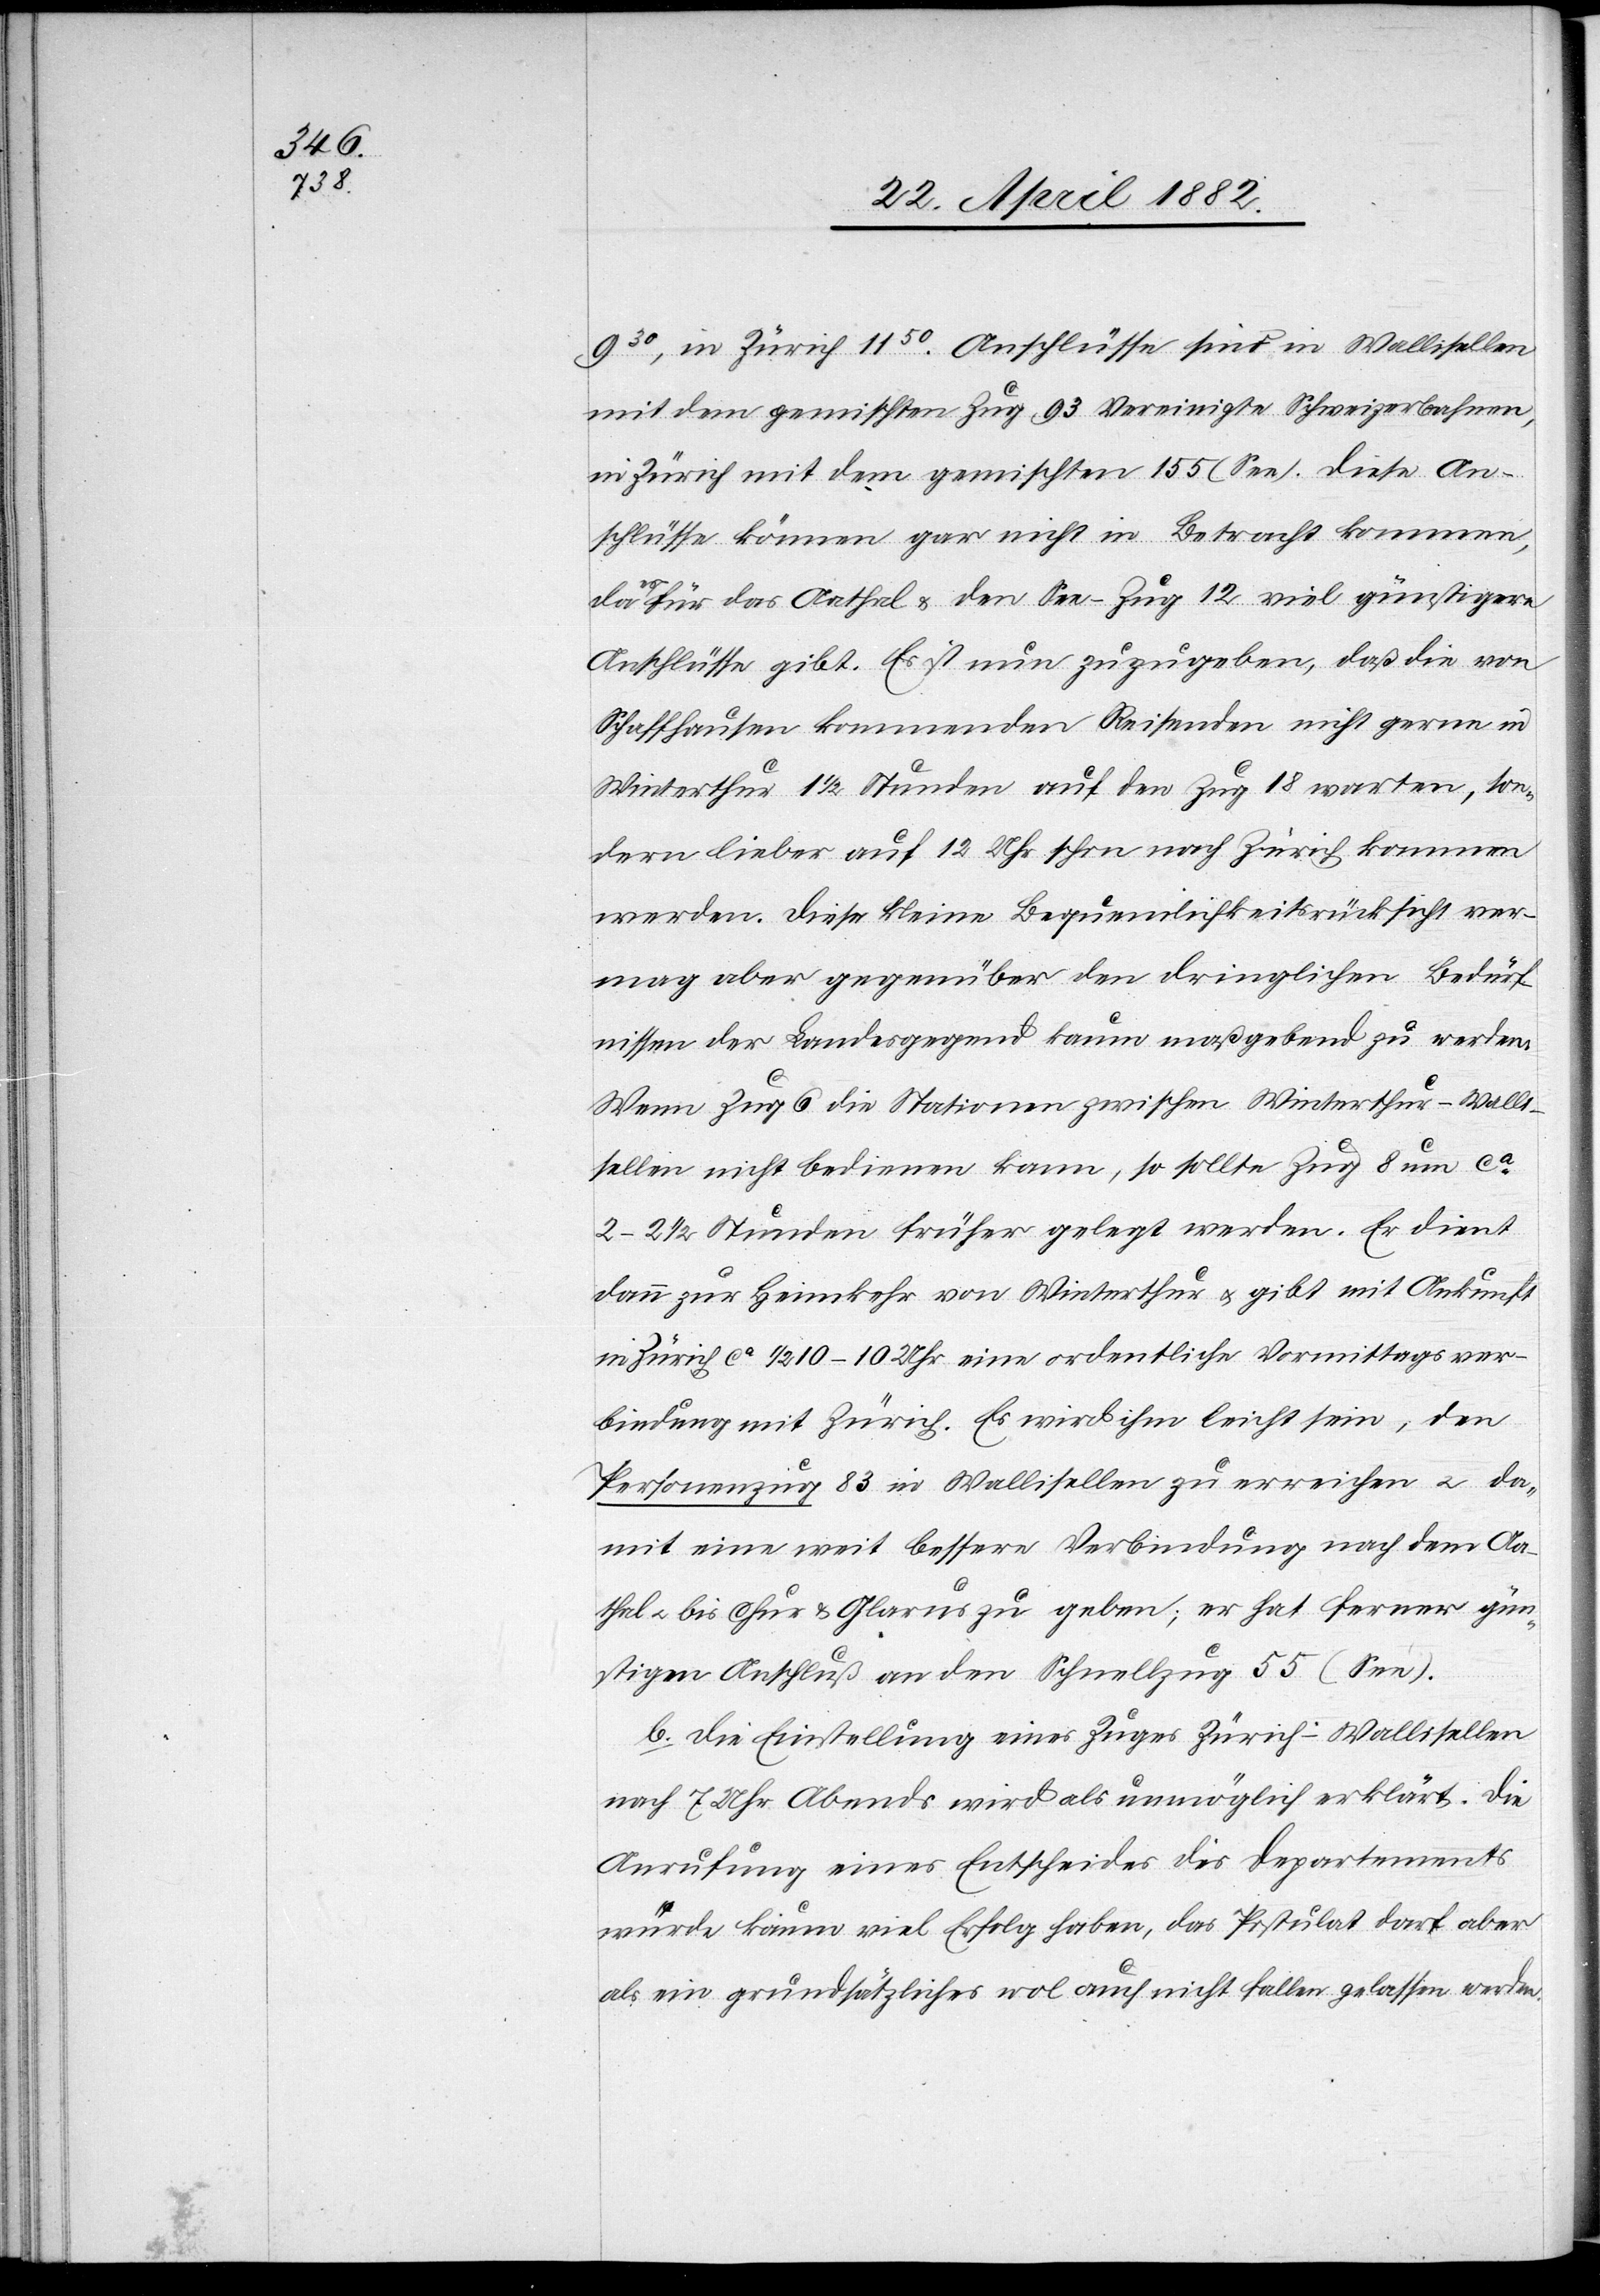
155

930, in Zürich 1130. Anschlüsse sind in Wallisellen,
Anschlüsse können gar nicht in Betracht kommen,
es für das Aathal & den See-Zug 12 viel günstigere
Anschlüsse gibt. Es ist nun zuzugeben, daß die von
Schaffhausen kommenden Reisenden nicht gerne in
Winterthur 1 1/2 Stunden auf den Zug 18 warten, so¬
ndern lieber auf 12 Uhr schon nach Zürich kommen
werden. Diese kleine Bequemlichkeitsrücksicht ver¬
mag aber gegenüber den dringlichen Bedürf¬
nissen der Landesgegend kaum maßgebend zu werden.
Wenn Zug 6 die Stationen zwischen Winterthur–Walli¬
sellen nicht bedienen kann, so sollte Zug 8 um ca
2–2 1/2 Stunden früher gelegt werden. Er dient
dann zur Heimkehr von Winterthur u. gibt mit Ankunft
in Zürich ca 1/2 10–10 Uhr eine ordentliche Vormittagsver¬
bindung mit Zürich. Es wird ihm leicht sein, den
Personenzug 83 in Wallisellen zu erreichen u. da¬
mit eine weit bessere Verbindung nach dem Aa¬
thal u. bis Chur & Glarus zu geben; es hat ferner gün¬
stigen Anschluß an den Schnellzug 55 (See).
b. Die Einstellung eines Zuges Zürich–Wallisellen
nach 7 Uhr Abends wird als unmöglich erklärt. Die
Anrufung eines Entscheides des Departements
würde kaum viel Erfolg haben, das Postulat darf aber
als ein grundsätzliches wol auch nicht fallen gelassen werden.